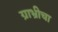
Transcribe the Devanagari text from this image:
ग्राभ्रीचा